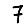
Digit: 7